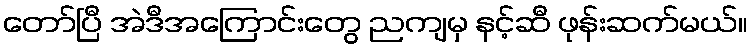
တော်ပြီ အဲဒီအကြောင်းတွေ ညကျမှ နင့်ဆီ ဖုန်းဆက်မယ်။